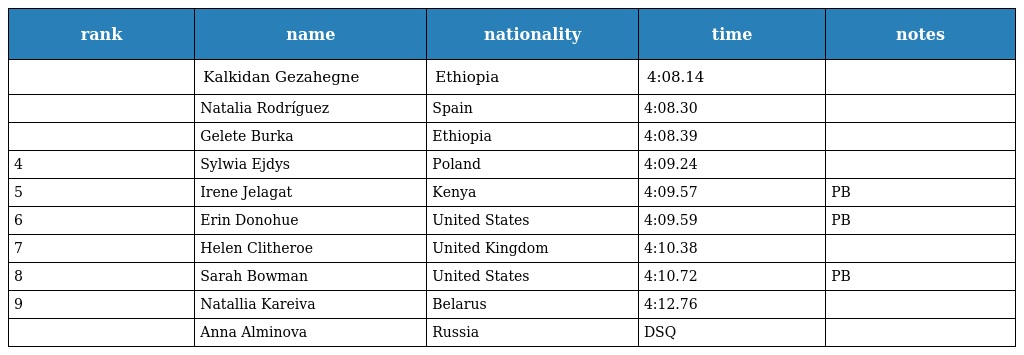
| rank | name | nationality | time | notes |
 | --- | --- | --- | --- | --- |
 |  | Kalkidan Gezahegne | Ethiopia | 4:08.14 |  |
 |  | Natalia Rodríguez | Spain | 4:08.30 |  |
 |  | Gelete Burka | Ethiopia | 4:08.39 |  |
 | 4 | Sylwia Ejdys | Poland | 4:09.24 |  |
 | 5 | Irene Jelagat | Kenya | 4:09.57 | PB |
 | 6 | Erin Donohue | United States | 4:09.59 | PB |
 | 7 | Helen Clitheroe | United Kingdom | 4:10.38 |  |
 | 8 | Sarah Bowman | United States | 4:10.72 | PB |
 | 9 | Natallia Kareiva | Belarus | 4:12.76 |  |
 |  | Anna Alminova | Russia | DSQ |  |